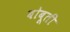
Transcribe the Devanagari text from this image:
बोबूती